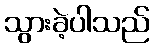
သွားခဲ့ပါသည်